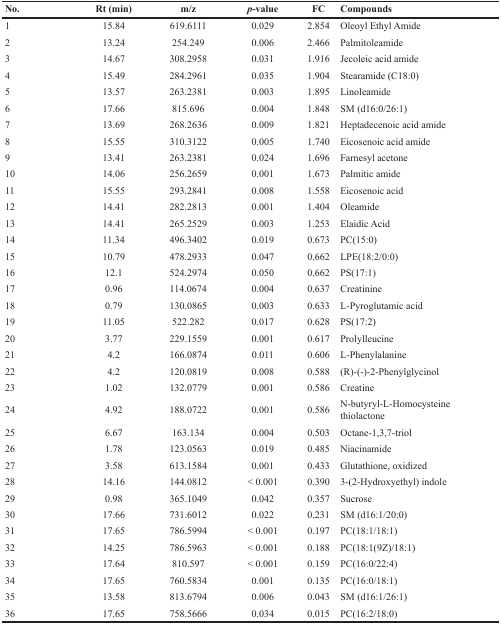
<table><thead><tr><td><b>No.</b></td><td><b>Rt (min)</b></td><td><b>m/z</b></td><td><b><i>p</i>-value</b></td><td><b>FC</b></td><td><b>Compounds</b></td></tr></thead><tbody><tr><td>1</td><td>15.84</td><td>619.6111</td><td>0.029</td><td>2.854</td><td>Oleoyl Ethyl Amide</td></tr><tr><td>2</td><td>13.24</td><td>254.249</td><td>0.006</td><td>2.466</td><td>Palmitoleamide</td></tr><tr><td>3</td><td>14.67</td><td>308.2958</td><td>0.031</td><td>1.916</td><td>Jecoleic acid amide</td></tr><tr><td>4</td><td>15.49</td><td>284.2961</td><td>0.035</td><td>1.904</td><td>Stearamide (C18:0)</td></tr><tr><td>5</td><td>13.57</td><td>263.2381</td><td>0.003</td><td>1.895</td><td>Linoleamide</td></tr><tr><td>6</td><td>17.66</td><td>815.696</td><td>0.004</td><td>1.848</td><td>SM (d16:0/26:1)</td></tr><tr><td>7</td><td>13.69</td><td>268.2636</td><td>0.009</td><td>1.821</td><td>Heptadecenoic acid amide</td></tr><tr><td>8</td><td>15.55</td><td>310.3122</td><td>0.005</td><td>1.740</td><td>Eicosenoic acid amide</td></tr><tr><td>9</td><td>13.41</td><td>263.2381</td><td>0.024</td><td>1.696</td><td>Farnesyl acetone</td></tr><tr><td>10</td><td>14.06</td><td>256.2659</td><td>0.001</td><td>1.673</td><td>Palmitic amide</td></tr><tr><td>11</td><td>15.55</td><td>293.2841</td><td>0.008</td><td>1.558</td><td>Eicosenoic acid</td></tr><tr><td>12</td><td>14.41</td><td>282.2813</td><td>0.001</td><td>1.404</td><td>Oleamide</td></tr><tr><td>13</td><td>14.41</td><td>265.2529</td><td>0.003</td><td>1.253</td><td>Elaidic Acid</td></tr><tr><td>14</td><td>11.34</td><td>496.3402</td><td>0.019</td><td>0.673</td><td>PC(15:0)</td></tr><tr><td>15</td><td>10.79</td><td>478.2933</td><td>0.047</td><td>0.662</td><td>LPE(18:2/0:0)</td></tr><tr><td>16</td><td>12.1</td><td>524.2974</td><td>0.050</td><td>0.662</td><td>PS(17:1)</td></tr><tr><td>17</td><td>0.96</td><td>114.0674</td><td>0.004</td><td>0.637</td><td>Creatinine</td></tr><tr><td>18</td><td>0.79</td><td>130.0865</td><td>0.003</td><td>0.633</td><td>L-Pyroglutamic acid</td></tr><tr><td>19</td><td>11.05</td><td>522.282</td><td>0.017</td><td>0.628</td><td>PS(17:2)</td></tr><tr><td>20</td><td>3.77</td><td>229.1559</td><td>0.001</td><td>0.617</td><td>Prolylleucine</td></tr><tr><td>21</td><td>4.2</td><td>166.0874</td><td>0.011</td><td>0.606</td><td>L-Phenylalanine</td></tr><tr><td>22</td><td>4.2</td><td>120.0819</td><td>0.008</td><td>0.588</td><td>(R)-(-)-2-Phenylglycinol</td></tr><tr><td>23</td><td>1.02</td><td>132.0779</td><td>0.001</td><td>0.586</td><td>Creatine</td></tr><tr><td>24</td><td>4.92</td><td>188.0722</td><td>0.001</td><td>0.586</td><td>N-butyryl-L-Homocysteine thiolactone</td></tr><tr><td>25</td><td>6.67</td><td>163.134</td><td>0.004</td><td>0.503</td><td>Octane-1,3,7-triol</td></tr><tr><td>26</td><td>1.78</td><td>123.0563</td><td>0.019</td><td>0.485</td><td>Niacinamide</td></tr><tr><td>27</td><td>3.58</td><td>613.1584</td><td>0.001</td><td>0.433</td><td>Glutathione, oxidized</td></tr><tr><td>28</td><td>14.16</td><td>144.0812</td><td>&lt; 0.001</td><td>0.390</td><td>3-(2-Hydroxyethyl) indole</td></tr><tr><td>29</td><td>0.98</td><td>365.1049</td><td>0.042</td><td>0.357</td><td>Sucrose</td></tr><tr><td>30</td><td>17.66</td><td>731.6012</td><td>0.022</td><td>0.231</td><td>SM (d16:1/20:0)</td></tr><tr><td>31</td><td>17.65</td><td>786.5994</td><td>&lt; 0.001</td><td>0.197</td><td>PC(18:1/18:1)</td></tr><tr><td>32</td><td>14.25</td><td>786.5963</td><td>&lt; 0.001</td><td>0.188</td><td>PC(18:1(9Z)/18:1)</td></tr><tr><td>33</td><td>17.64</td><td>810.597</td><td>&lt; 0.001</td><td>0.159</td><td>PC(16:0/22:4)</td></tr><tr><td>34</td><td>17.65</td><td>760.5834</td><td>0.001</td><td>0.135</td><td>PC(16:0/18:1)</td></tr><tr><td>35</td><td>13.58</td><td>813.6794</td><td>0.006</td><td>0.043</td><td>SM (d16:1/26:1)</td></tr><tr><td>36</td><td>17.65</td><td>758.5666</td><td>0.034</td><td>0.015</td><td>PC(16:2/18:0)</td></tr></tbody></table>